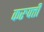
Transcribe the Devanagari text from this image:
करुपत्ती